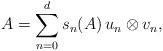
\begin{align*} A = \sum_{n=0}^{d} s_n(A) \, u_n \otimes v_n,\end{align*}